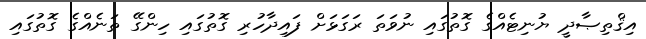
އިޤްތިޞާދީ ޔުނިޓެއްގެ ގޮތުގައި ނުވަތަ ރަގަޅަށް ފައިދާހުރި ގޮތުގައި ހިންގޭ ތަނެއްގެ ގޮތުގައި